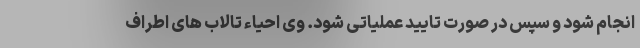
انجام شود و سپس در صورت تایید عملیاتی شود. وی احیاء تالاب های اطراف